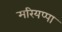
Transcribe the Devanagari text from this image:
मरियप्पा